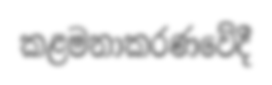
කළමනාකරණවේදී